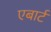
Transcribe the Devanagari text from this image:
एबार्ट